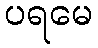
ပရမေ